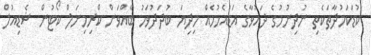
ކުޑަކަމުދާތަކެތި ނުދިނުމުގެ ދައުވާގެ އަޑުއެހުމެއް މިދިޔަ ބުދަދުވަހު ބާއްވަން ކްރިމިނަލް ކޯޓުން ޝެޑިއުލް